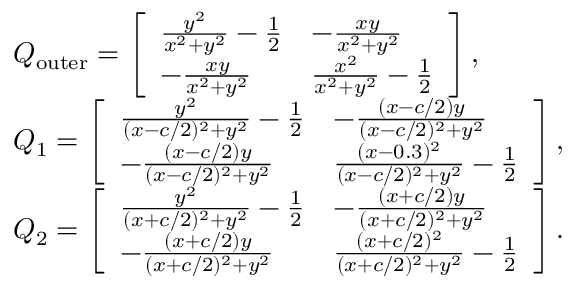
\begin{array} { r l } & { Q _ { \mathrm { o u t e r } } = \left[ \begin{array} { l l } { \frac { y ^ { 2 } } { x ^ { 2 } + y ^ { 2 } } - \frac { 1 } { 2 } } & { - \frac { x y } { x ^ { 2 } + y ^ { 2 } } } \\ { - \frac { x y } { x ^ { 2 } + y ^ { 2 } } } & { \frac { x ^ { 2 } } { x ^ { 2 } + y ^ { 2 } } - \frac { 1 } { 2 } } \end{array} \right] , } \\ & { Q _ { 1 } = \left[ \begin{array} { l l } { \frac { y ^ { 2 } } { ( x - c / 2 ) ^ { 2 } + y ^ { 2 } } - \frac { 1 } { 2 } } & { - \frac { ( x - c / 2 ) y } { ( x - c / 2 ) ^ { 2 } + y ^ { 2 } } } \\ { - \frac { ( x - c / 2 ) y } { ( x - c / 2 ) ^ { 2 } + y ^ { 2 } } } & { \frac { ( x - 0 . 3 ) ^ { 2 } } { ( x - c / 2 ) ^ { 2 } + y ^ { 2 } } - \frac { 1 } { 2 } } \end{array} \right] , } \\ & { Q _ { 2 } = \left[ \begin{array} { l l } { \frac { y ^ { 2 } } { ( x + c / 2 ) ^ { 2 } + y ^ { 2 } } - \frac { 1 } { 2 } } & { - \frac { ( x + c / 2 ) y } { ( x + c / 2 ) ^ { 2 } + y ^ { 2 } } } \\ { - \frac { ( x + c / 2 ) y } { ( x + c / 2 ) ^ { 2 } + y ^ { 2 } } } & { \frac { ( x + c / 2 ) ^ { 2 } } { ( x + c / 2 ) ^ { 2 } + y ^ { 2 } } - \frac { 1 } { 2 } } \end{array} \right] . } \end{array}